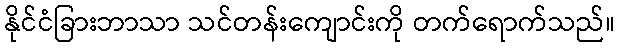
နိုင်ငံခြားဘာသာ သင်တန်းကျောင်းကို တက်ရောက်သည်။